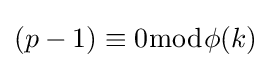
(p-1)\equiv 0{\bmod {\phi }}(k)